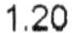
1.20